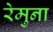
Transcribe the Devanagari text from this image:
रेमुना